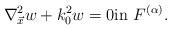
LaTeX: \begin{align*}\nabla^2_{\vec{x}} w + k^2_0 w = 0 \mbox{in} \ F^{(\alpha)} . \end{align*}